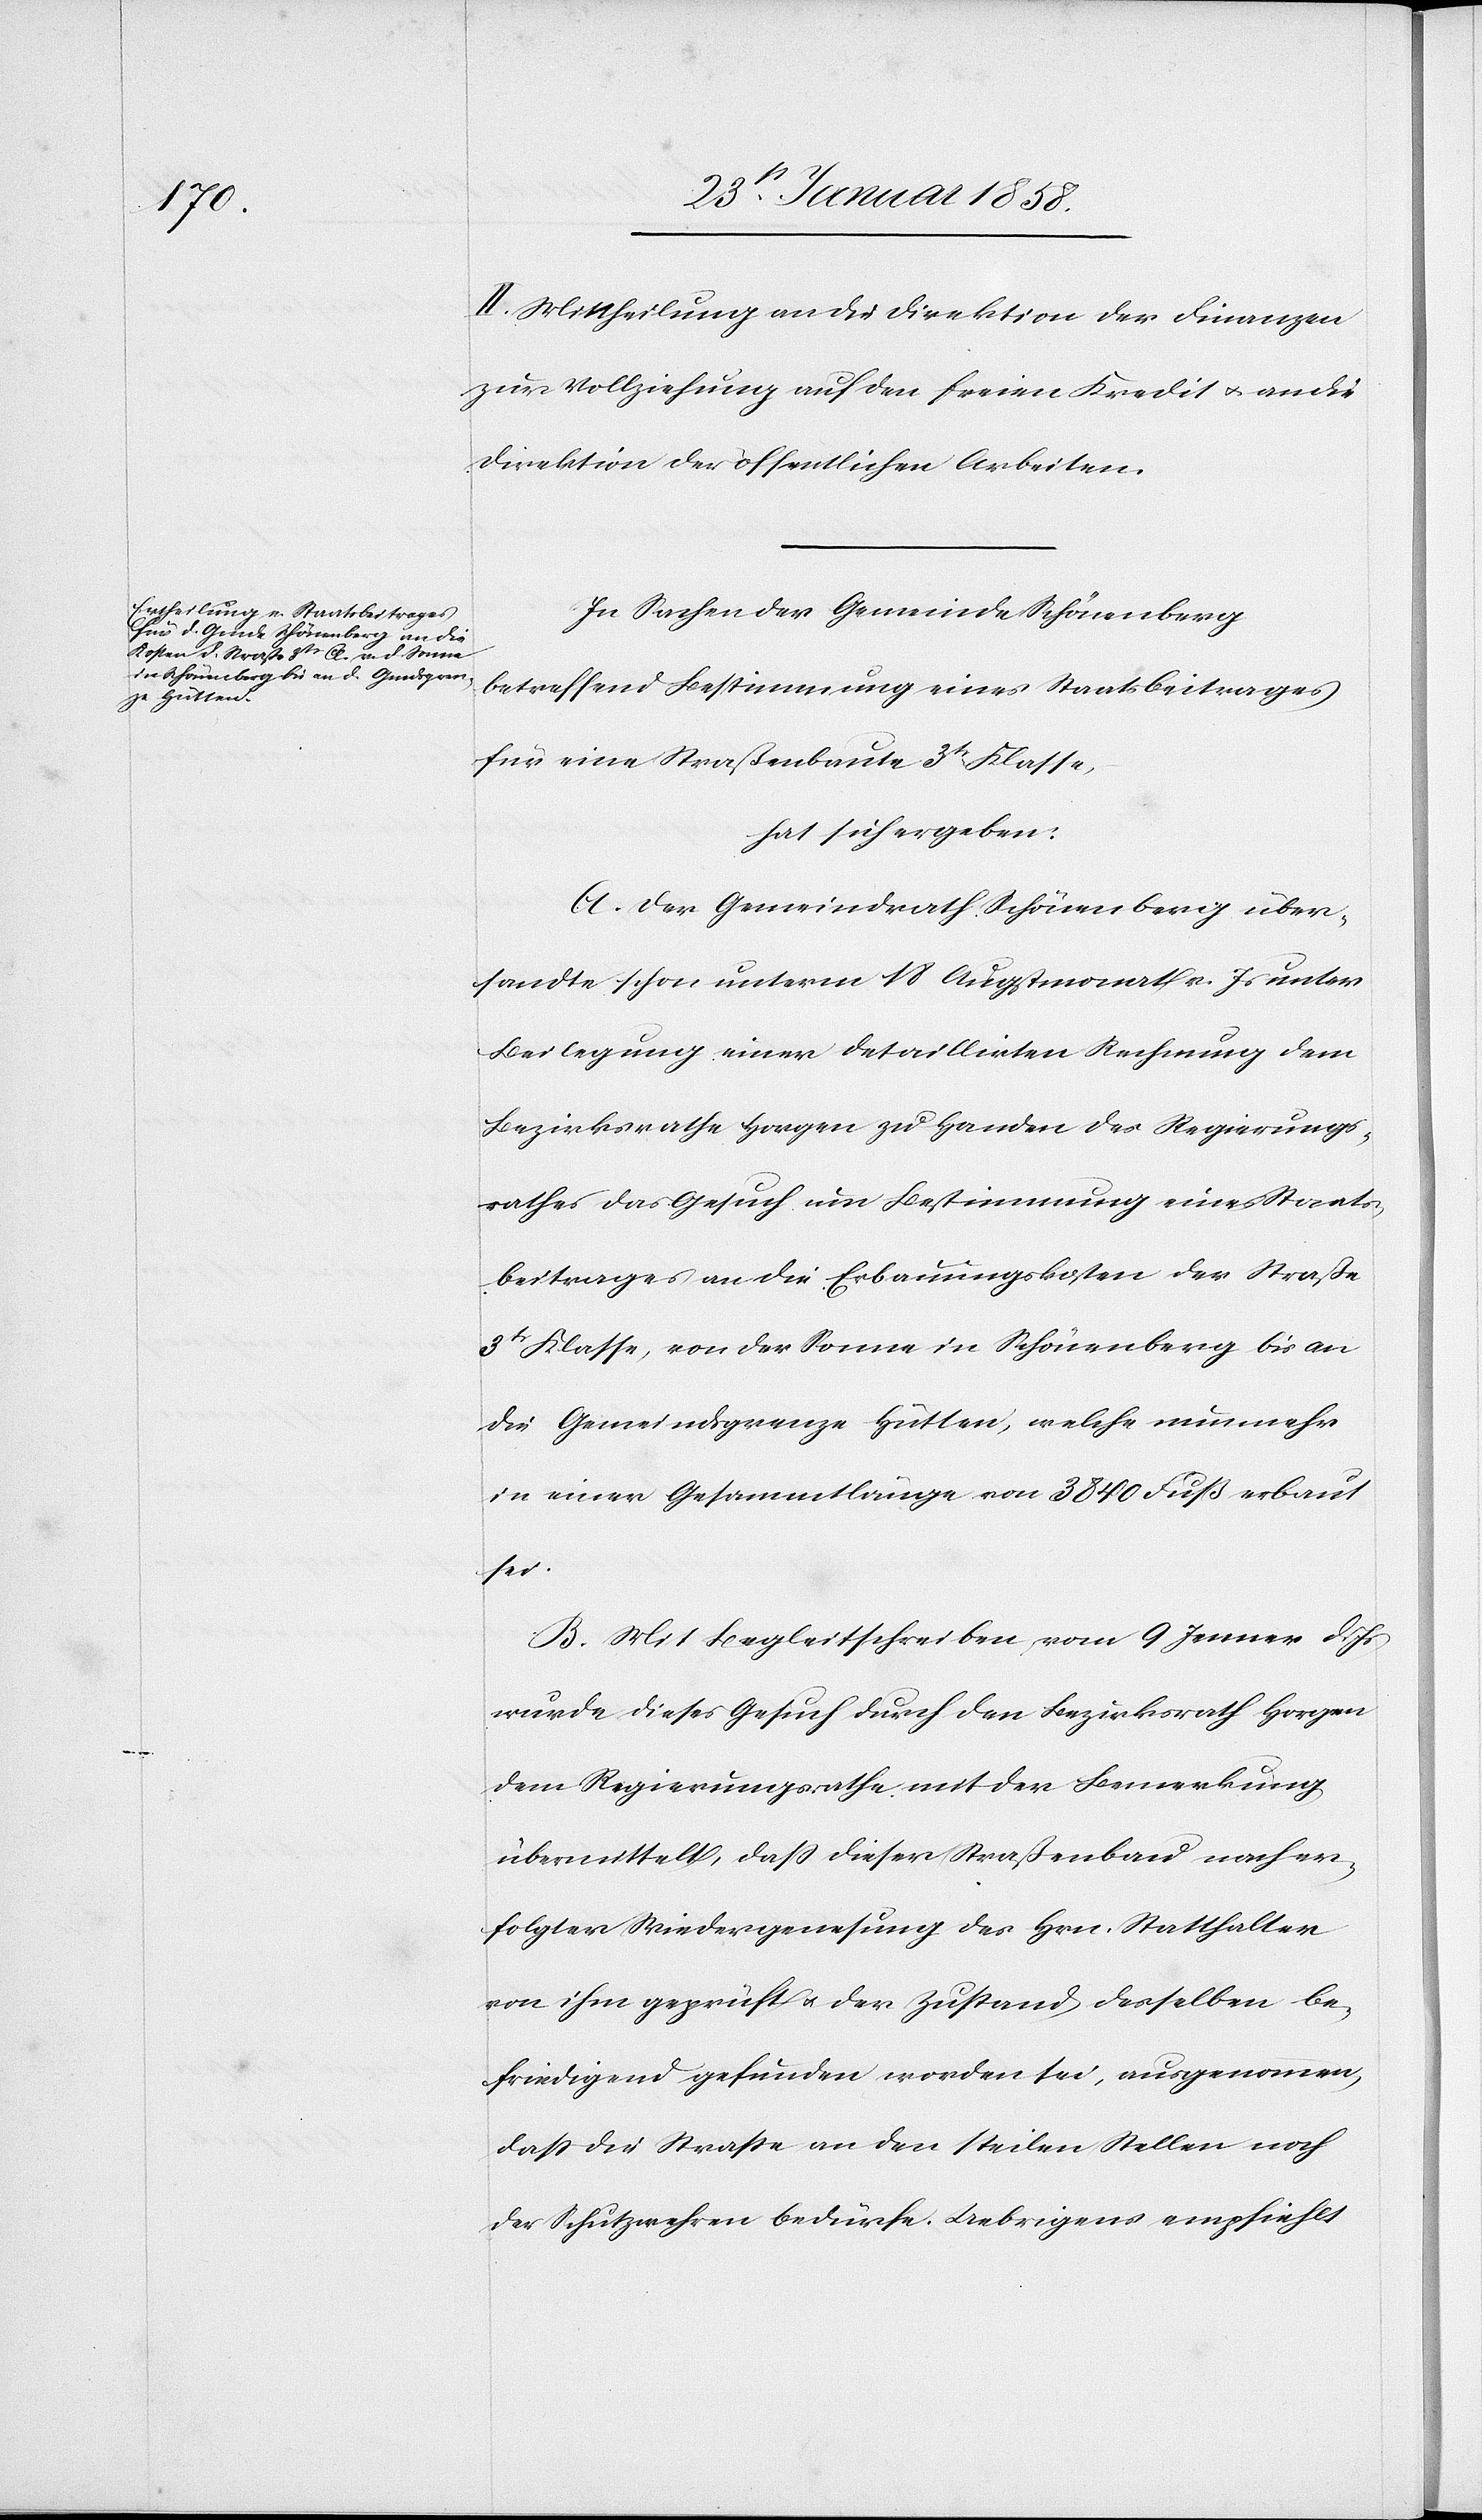
II. Mittheilung an die Direktion der Finanzen
zur Vollziehung auf den freien Kredit u. an die
Direktion der öffentlichen Arbeiten.
In Sachen der Gemeinde Schönenberg
betreffend Bestimmung eines Staatsbeitrages
für eine Straßenbaute 3tr Klasse,
hat sich ergeben:
A. Der Gemeindrath Schönenberg über¬
sandte schon unterm 18 Christmonat v. Js unter
Beilegung einer detaillirten Rechnung dem
Bezirksrathe Horgen zu Handen des Regierungs¬
rathes das Gesuch um Bestimmung eines Staats¬
beitrages an die Erbauungskosten der Straße
3tr Klasse, von der Sonne in Schönenberg bis an
die Gemeindsgrenze Hütten, welche nunmehr
in einer Gesammtlänge von 3840 Fuß erbaut
sei.
B. Mit Begleitschreiben vom 9 Jenner d.
wurde dieses Gesuch durch den Bezirksrath Horgen
dem Regierungsrathe mit der Bemerkung
übermittelt, daß dieser Straßenbau nach er¬
folgter Wiedergenesung des Hrn. Statthalter
von ihm geprüft u. der Zustand desselben be¬
friedigend gefunden worden sei, ausgenommen,
daß die Straße an den steilen Stellen noch
der Schutzwehren bedürfe. Uebrigens empfiehlt